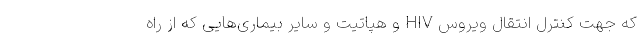
که جهت کنترل انتقال ویروس HIV و هپاتیت و سایر بیماری‌هایی که از راه